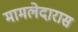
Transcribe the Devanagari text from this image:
मामलेदारास